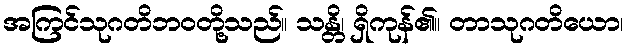
အကြင်သုဂတိဘဝတို့သည်။ သန္တိ၊ ရှိကုန်၏။ တာသုဂတိယော၊